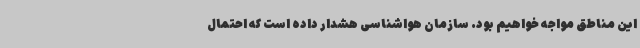
این مناطق مواجه خواهیم بود. سازمان هواشناسی هشدار داده است که احتمال